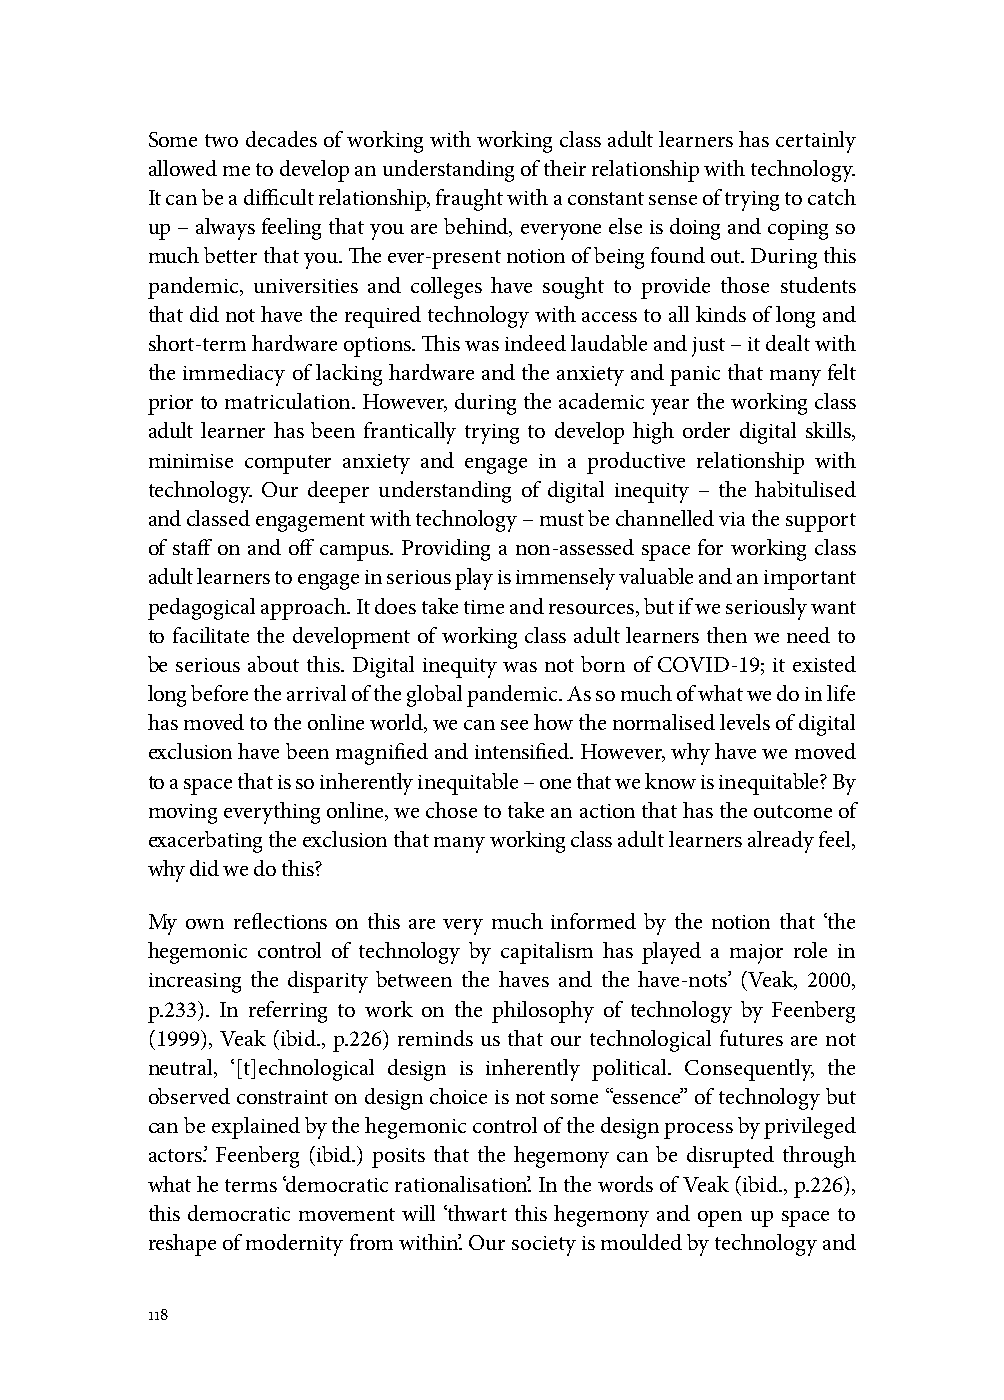
Some two decades of working with working class adult learners has certainly
 allowed me to develop an understanding of their relationship with technology.
 It can be a difficult relationship, fraught with a constant sense of trying to catch
 up – always feeling that you are behind, everyone else is doing and coping so
 much better that you. The ever-present notion of being found out. During this
 pandemic, universities and colleges have sought to provide those students
 that did not have the required technology with access to all kinds of long and
 short-term hardware options. This was indeed laudable and just – it dealt with
 the immediacy of lacking hardware and the anxiety and panic that many felt
 prior to matriculation. However, during the academic year the working class
 adult learner has been frantically trying to develop high order digital skills,
 minimise computer anxiety and engage in a productive relationship with
 technology. Our deeper understanding of digital inequity – the habitulised
 and classed engagement with technology – must be channelled via the support
 of staff on and off campus. Providing a non-assessed space for working class
 adult learners to engage in serious play is immensely valuable and an important
 pedagogical approach. It does take time and resources, but if we seriously want
 to facilitate the development of working class adult learners then we need to
 be serious about this. Digital inequity was not born of COVID-19; it existed
 long before the arrival of the global pandemic. As so much of what we do in life
 has moved to the online world, we can see how the normalised levels of digital
 exclusion have been magnified and intensified. However, why have we moved
 to a space that is so inherently inequitable – one that we know is inequitable? By
 moving everything online, we chose to take an action that has the outcome of
 exacerbating the exclusion that many working class adult learners already feel,
 why did we do this?
 My own reflections on this are very much informed by the notion that ‘the
 hegemonic control of technology by capitalism has played a major role in
 increasing the disparity between the haves and the have-nots’ (Veak, 2000,
 p.233). In referring to work on the philosophy of technology by Feenberg
 (1999), Veak (ibid., p.226) reminds us that our technological futures are not
 neutral, ‘[t]echnological design is inherently political. Consequently, the
 observed constraint on design choice is not some “essence” of technology but
 can be explained by the hegemonic control of the design process by privileged
 actors’. Feenberg (ibid.) posits that the hegemony can be disrupted through
 what he terms ‘democratic rationalisation’. In the words of Veak (ibid., p.226),
 this democratic movement will ‘thwart this hegemony and open up space to
 reshape of modernity from within’. Our society is moulded by technology and
 118